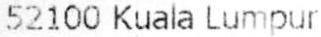
52100 KUALA LUMPUR